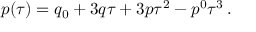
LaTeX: p ( \tau ) = q _ { 0 } + 3 q \tau + 3 p \tau ^ { 2 } - p ^ { 0 } \tau ^ { 3 } \, .